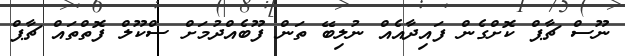
ނޫސް ޗާޕް ކޮށްގެން ފައިދާއެއް ނުލިބޭ ތަން ފޫބެއްދުމަށް ސްކޫލް ފޮތްތައް ޗާޕް